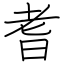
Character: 耆